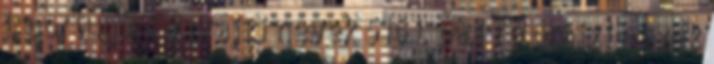
L portugál földrajzi nevek‎ 516 L páli földrajzi nevek‎